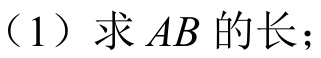
（1）求 \(AB\) 的长；